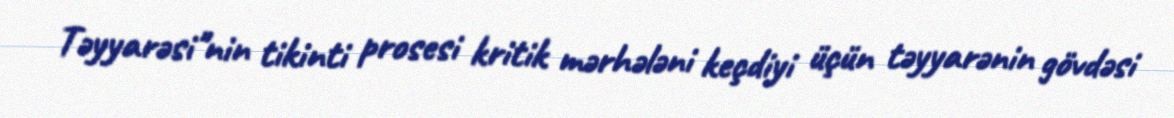
Təyyarəsi"nin tikinti prosesi kritik mərhələni keçdiyi üçün təyyarənin gövdəsi